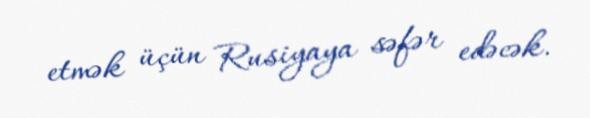
etmək üçün Rusiyaya səfər edəcək.